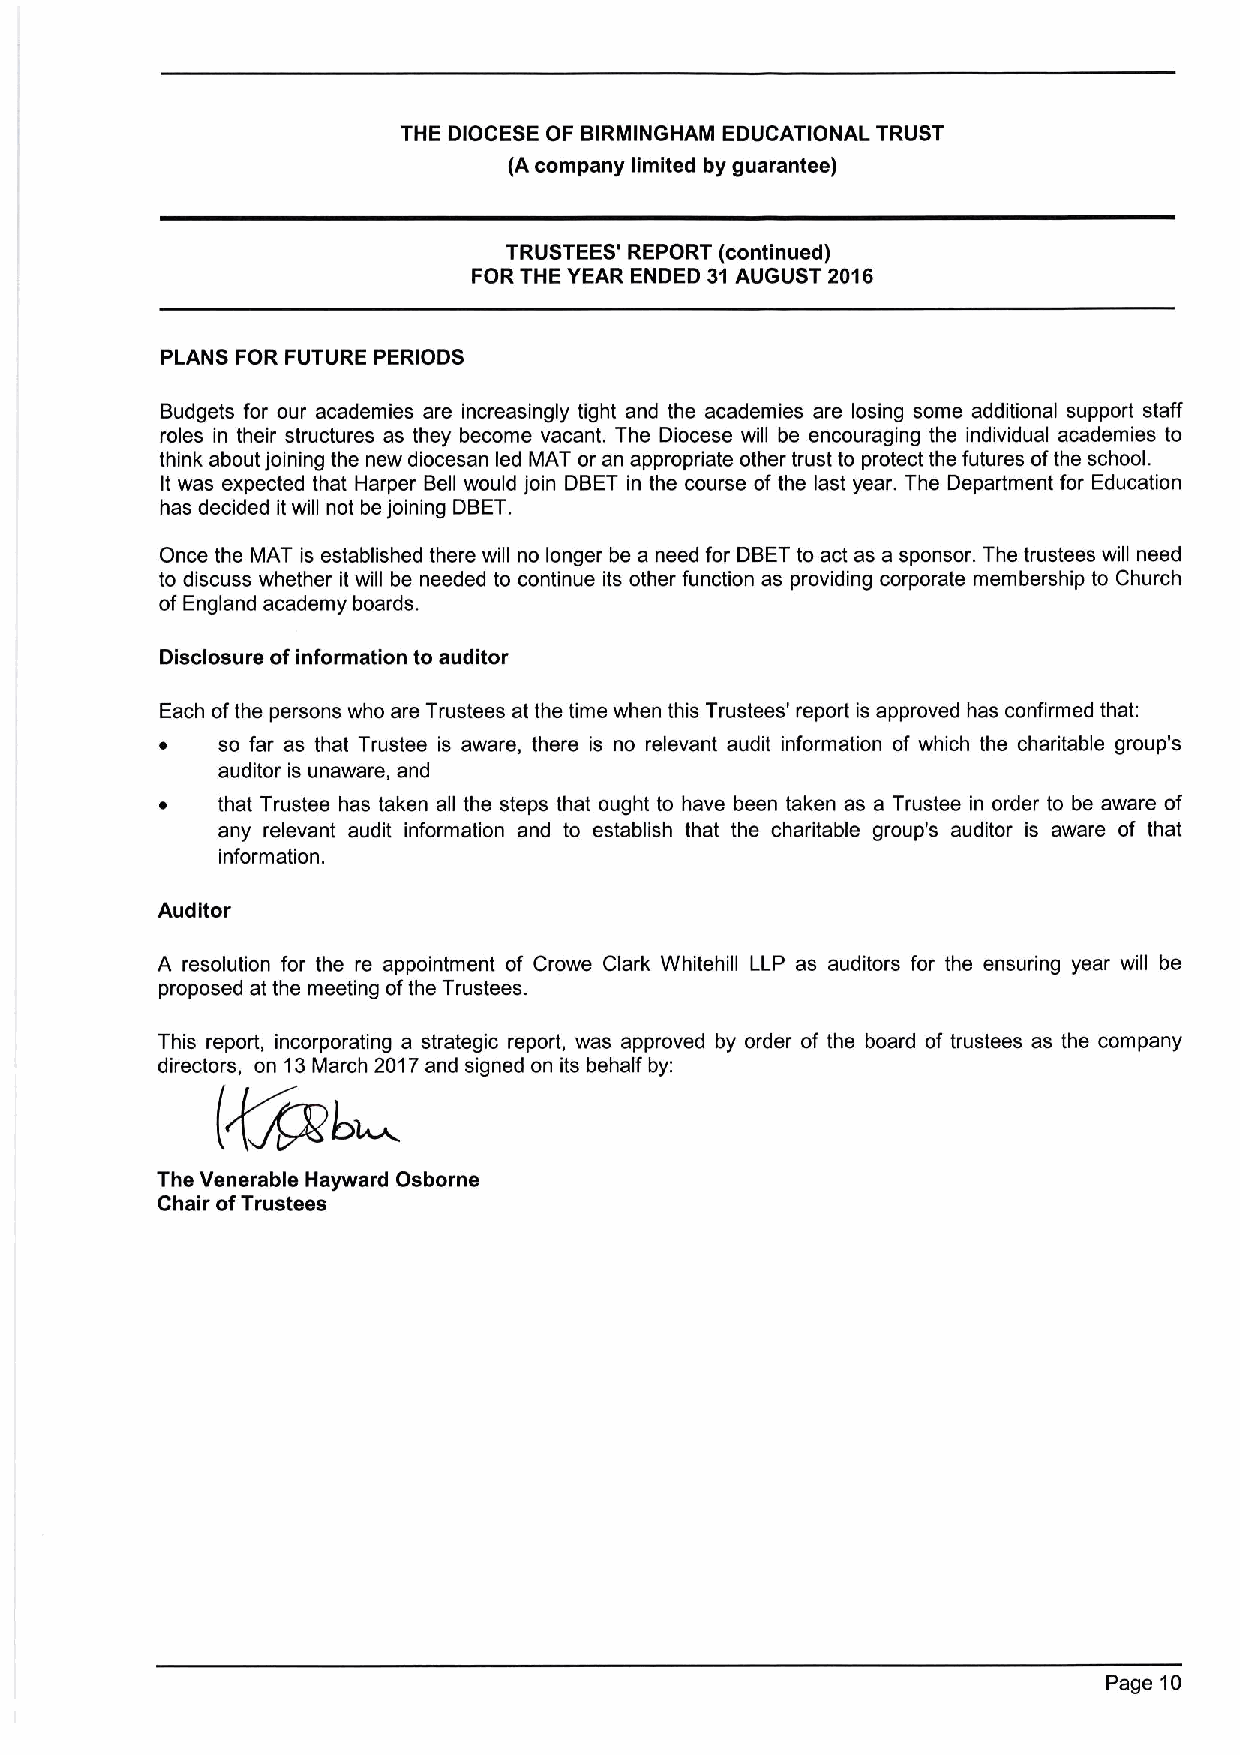
THE DIOCESE OF BIRMINGHAM EDUCATIONAL TRUST
 (A company limited by guarantee)
 TRUSTEES' REPORT (continued)
 FOR THE YEAR ENDED 31AUGUST 2016
 PLANS FOR FUTURE PERIODS
 Budgets for our academies are increasingly tight and the academies are losing some additional support staff
 roles in their structures as they become vacant. The Diocese will be encouraging the individual academies to
 think about joining the new diocesan led MAT or an appropriate other trust to protect the futures ofthe school.
 It was expected that Harper Bell would join DBET in the course of the last year. The Department for Education
 has decided it will not be joining DBET.
 Once the MAT is established there will no longer be a need for DBETto act as a sponsor. The trustees will need
 to discuss whether it will be needed to continue its other function as providing corporate membership to Church
 of England academy boards.
 Disclosure of information to auditor
 Each ofthe persons who are Trustees at the time when this Trustees' report is approved has confirmed that:
 ~  so far as that Trustee is aware, there is no relevant audit information of which the charitable group's
 auditor is unaware, and
 ~  that Trustee has taken all the steps that ought to have been taken as a Trustee in order to be aware of
 any relevant audit information and to establish that the charitable group's auditor is aware of that
 information.
 Auditor
 A resolution for the re appointment of Crowe Clark Whitehill LLP as auditors for the ensuring year will be
 proposed at the meeting ofthe Trustees.
 This report, incorporating a strategic report, was approved by order of the board of trustees as the company
 directors, on 13March 2017and signed on its behalf by:
 The Venerable Hayward Osborne
 Chair ofTrustees
 Page 10